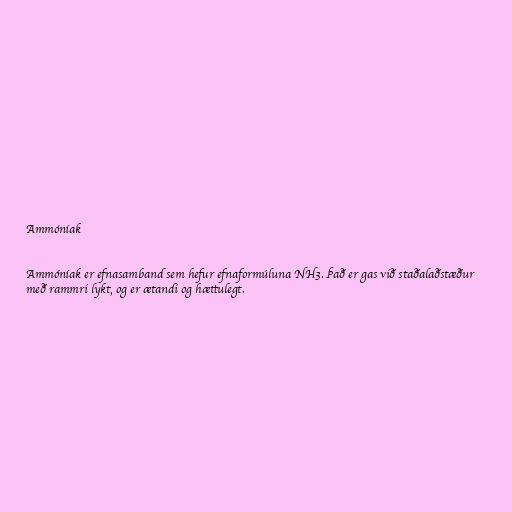
Ammóníak

Ammóníak er efnasamband sem hefur efnaformúluna NH3. Það er gas við staðalaðstæður
með rammri lykt, og er ætandi og hættulegt.